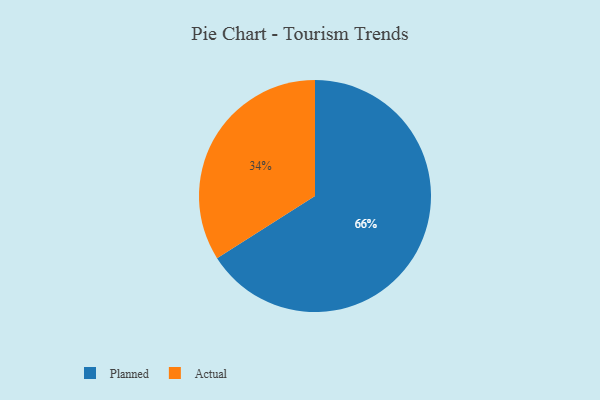
{"axis": {"x": "Category", "y": "Percentage"}, "legend": ["Actual", "Planned"], "data": [{"x": "Actual", "y": 34, "type": "Actual"}, {"x": "Planned", "y": 66, "type": "Planned"}]}